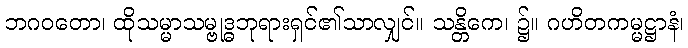
ဘဂဝတော၊ ထိုသမ္မာသမ္ဗုဒ္ဓဘုရားရှင်၏သာလျှင်။ သန္တိကေ၊ ၌။ ဂဟိတကမ္မဋ္ဌာနံ၊